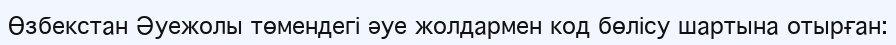
Өзбекстан Әуежолы төмендегі әуе жолдармен код бөлісу шартына отырған: